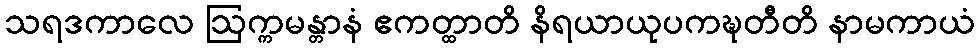
သရဒကာလေ ဩက္ကမန္တာနံ ဧကတ္ထာတိ နိရယာယုပကဍ္ဎတီတိ နာမကာယံ